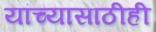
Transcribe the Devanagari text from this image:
यांच्यासाठीही